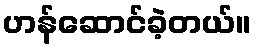
ဟန်ဆောင်ခဲ့တယ်။